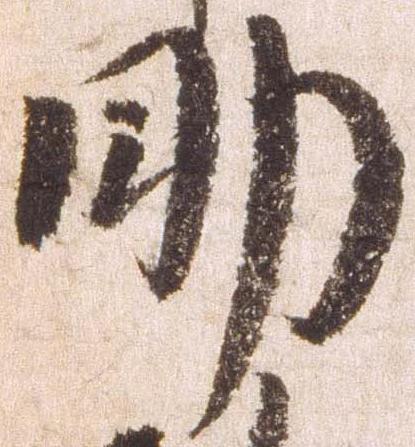
助